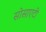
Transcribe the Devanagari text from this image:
सोसाएटी